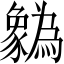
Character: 𲂢